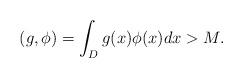
LaTeX: \begin{align*}(g,\phi)=\int_{D}g(x)\phi(x)dx>M.\end{align*}